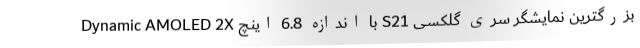
بزرگترین نمایشگر سری گلکسی S21 با اندازه 6.8 اینچ Dynamic AMOLED 2X